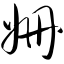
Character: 姗